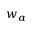
w _ { \alpha }